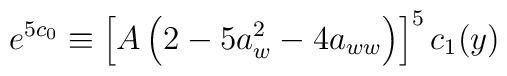
e^{5c_0}\equiv\left[A\left(2-5a_w^2-4a_{ww}\right)\right]^5c_1(y)